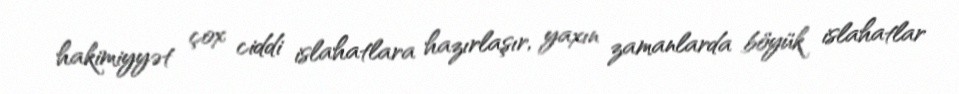
hakimiyyət çox ciddi islahatlara hazırlaşır, yaxın zamanlarda böyük islahatlar